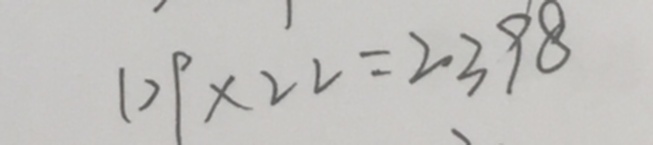
1 0 9 \times 2 2 = 2 3 9 8